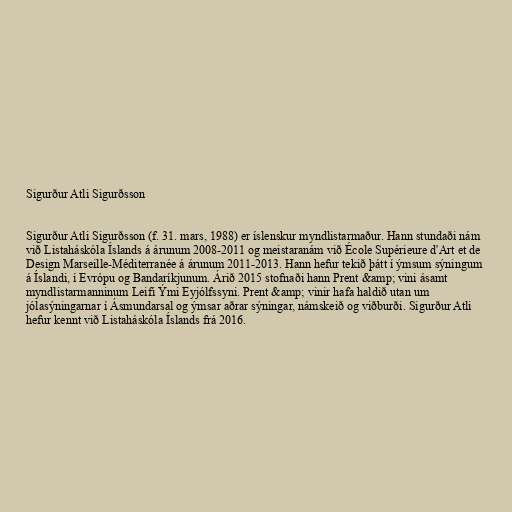
Sigurður Atli Sigurðsson

Sigurður Atli Sigurðsson (f. 31. mars, 1988) er íslenskur myndlistarmaður. Hann stundaði nám
við Listaháskóla Íslands á árunum 2008-2011 og meistaranám við École Supérieure d'Art et de
Design Marseille-Méditerranée á árunum 2011-2013. Hann hefur tekið þátt í ýmsum sýningum
á Íslandi, í Evrópu og Bandaríkjunum. Árið 2015 stofnaði hann Prent &amp; vini ásamt
myndlistarmanninum Leifi Ými Eyjólfssyni. Prent &amp; vinir hafa haldið utan um
jólasýningarnar í Ásmundarsal og ýmsar aðrar sýningar, námskeið og viðburði. Sigurður Atli
hefur kennt við Listaháskóla Íslands frá 2016.